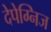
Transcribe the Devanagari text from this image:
देपेग्निज